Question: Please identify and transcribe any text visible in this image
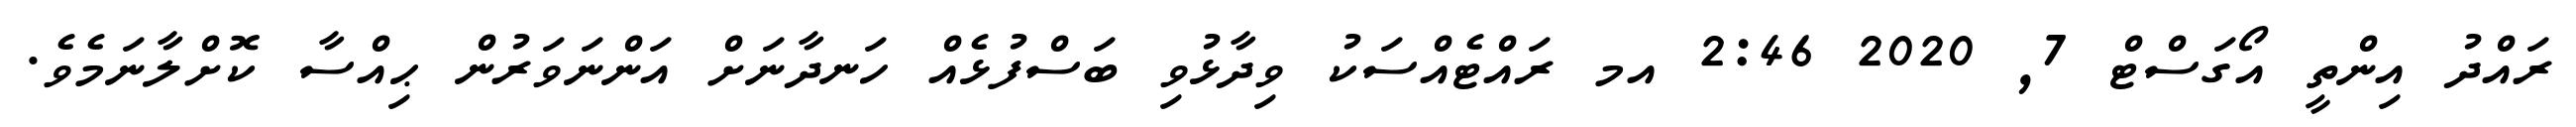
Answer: ރައްދު އިންތީ އޯގަސްޓް 7, 2020 2:46 އމ ރައްޓެއްސަކު ވިދާޅުވި ބަސްފުޅެއް ހަނދާނަށް އަންނަވަރުން ޙިއްސާ ކޮށްލާނަމެވެ.